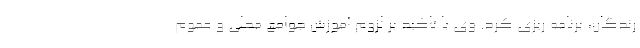
رندگان، برنامه ریزی کرد. وی با تاکید بر لزوم آموزش جوامع محلی و عموم